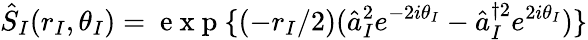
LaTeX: \hat{S}_{I}(r_{I},\theta_{I})=\mathrm{~e~x~p~}\{ (-r_{I}/2)(\hat{a}_{I}^{2}e^{-2i\theta_{I}}-\hat{a}_{I}^{\dagger 2}e^{2i\theta_{I}})\}